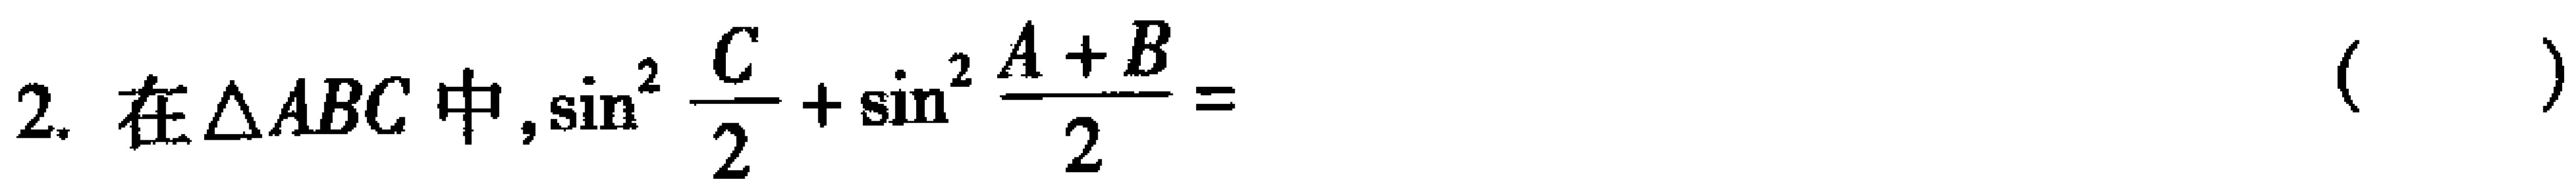
$2. \text{在}\triangle ABC\text{中},\sin^{2}\frac{C}{2}+\sin^{2}\frac{A + B}{2}=$（  ）